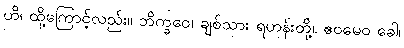
ဟိ၊ ထို့ကြောင့်လည်း။ ဘိက္ခဝေ၊ ချစ်သား ရဟန်းတို့။ ဧဝမေဝ ခေါ၊